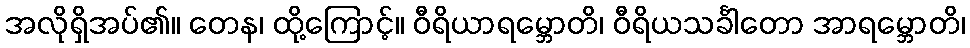
အလိုရှိအပ်၏။ တေန၊ ထို့ကြောင့်။ ဝီရိယာရမ္ဘောတိ၊ ဝီရိယသင်္ခါတော အာရမ္ဘောတိ၊